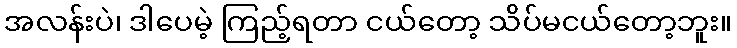
အလန်းပဲ၊ ဒါပေမဲ့ ကြည့်ရတာ ငယ်တော့ သိပ်မငယ်တော့ဘူး။